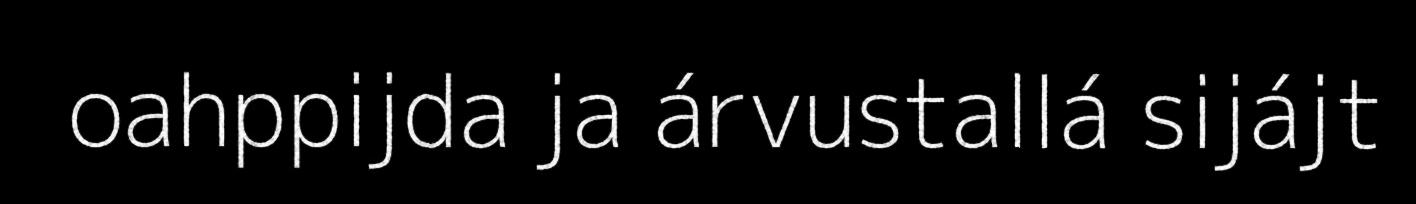
oahppijda ja árvustallá sijájt